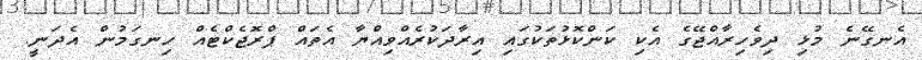
އެނގޭނެ މުޅި ދިވެހިރާއްޖޭގެ އެކި ކަންކޮޅުތަކުގައި އިރާދަކުރެއްވިއްޔާ އެތައް ޕްރޮޖެކްޓެއް ހިނގަމުން އެދަނީ.